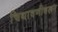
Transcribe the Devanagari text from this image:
चिथावणीवरून